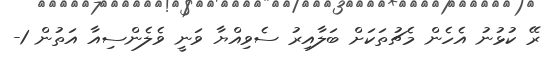
ރޭ ކުޅުނު އެހެން މެޗުތަކަށް ބަލާއިރު ސެވިއްޔާ ވަނީ ވެލެންސިއާ އަތުން 1-